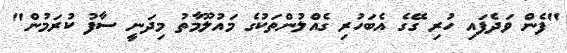
"ފެން ވަދެފައި ހުރި ގޭގެ އެބަހުރި ގެއްލުންތަކުގެ މައުލޫމާތު މިދަނީ ސާފު ކުރަމުން"